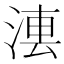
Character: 𣷼